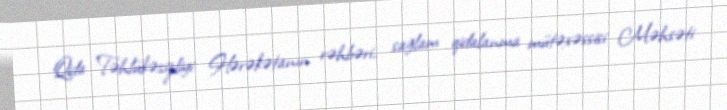
Qida Təhlükəsizliyi Hərəkətanın rəhbəri, sağlam qidalanma mütəxəssisi Məhsəti